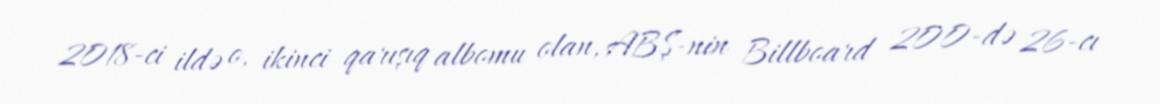
2018-ci ildə o, ikinci qarışıq albomu olan, ABŞ-nin Billboard 200-də 26-cı